system: You are a helpful assistant.
user:
Analyze the provided spectrum to determine if it is a **Carbon Star (C-type)**.

- **Key Visual Indicators of Carbon Star:**
    - **(Primary):** Strong molecular absorption from **C₂ (diatomic carbon) "Swan Bands."** This is the **defining feature** of a carbon star.
        - **(Key Bandheads):** Sharp absorption edges are visible at approximately $5635$ Å, $5165$ Å (the strongest band), and $4737$ Å.
        - **(Line Profile):** Creates a distinct **"saw-tooth"** pattern. The key morphology is a sharp, steep bandhead on the **red (long-wavelength) side**, which then gradually tapers off (i.e., flux recovers) towards the **blue (short-wavelength) side**. *(This is the direct opposite of the TiO bands seen in M-type stars)*.

    - **(Secondary):** Intense **CN (cyanogen)** molecular absorption bands.
        - **(Key Bandheads):** Located in the blue and violet regions of the spectrum (e.g., near $4215$ Å and $3883$ Å).
        - **(Morphology):** These bands are extremely broad and act as a "blanket," absorbing the vast majority of blue and violet light. This creates a characteristic **"cliff"** or **"steep drop-off"** in the spectrum's flux at short wavelengths.

    - **(Key Confirmation):** Strong **CH absorption band (G-band)**.
        - **(Key Bandhead):** Located around $4300$ Å. The contribution from CH molecules to this band is exceptionally strong.

    - **(Overall Spectrum):**
        - The continuum is severely "chopped up" by these deep molecular bands, especially C₂, rather than appearing as a smooth curve.
        - Due to the heavy CN and C₂ absorption in the blue-green, the vast majority of the star's flux is concentrated in the red part of the spectrum, giving the star its characteristic deep red color.

Think first, call **spectral_visualization_tool** if needed to examine features in detail, then provide your final answer. Your response must adhere to the following strict rules:
1.  **Overall Structure:** Your response must follow the format `<think>...</think> <tool_call>...</tool_call> (if a tool is used) <answer>...</answer>`.
2.  **Tool Usage Constraint:** You may only make **one** tool call per turn.
3.  **Final Answer Format:** In the `<answer>` tag, your conclusion must be inside a `\boxed{}` command (e.g., `\boxed{YES}`), followed by your justification.

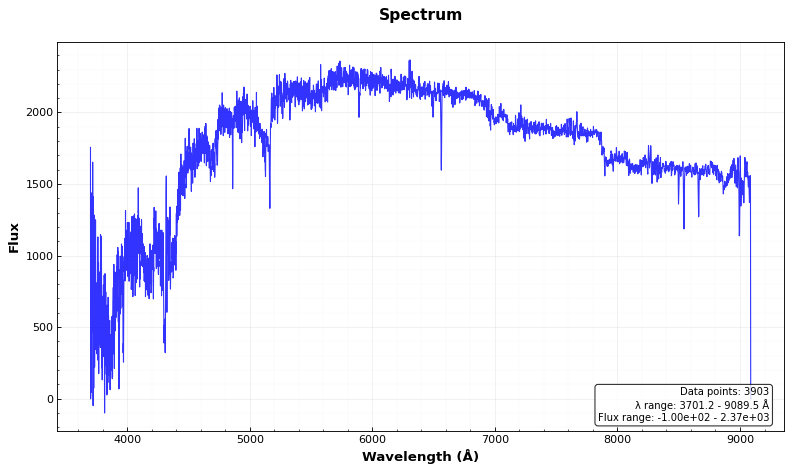
Answer: YES